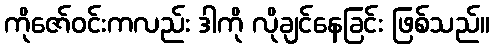
ကိုဇော်ဝင်းကလည်း ဒါကို လိုချင်နေခြင်း ဖြစ်သည်။